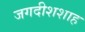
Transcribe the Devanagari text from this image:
जगदीशशाह